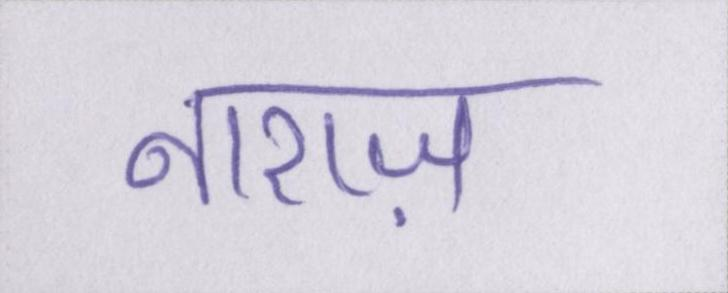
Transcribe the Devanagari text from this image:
नाराज़